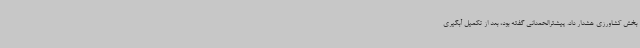
بخش کشاورزی هشدار داد. پیشترالحمدانی گفته بود، بعد از تکمیل آبگیری